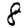
Digit: 8